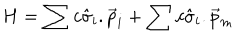
H = \sum c \hat { \sigma } _ { i } . \vec { p } _ { i } + \sum c \hat { \sigma } _ { i } . \vec { p } _ { m }